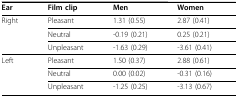
| Ear | Film clip | Men | Women |
 | --- | --- | --- | --- |
 | Right | Pleasant | 1.31 (0.55) | 2.87 (0.41) |
 |  | Neutral | -0.19 (0.21) | 0.25 (0.21) |
 |  | Unpleasant | -1.63 (0.29) | -3.61 (0.41) |
 | Left | Pleasant | 1.50 (0.37) | 2.88 (0.61) |
 |  | Neutral | 0.00 (0.02) | -0.31 (0.16) |
 |  | Unpleasant | -1.25 (0.25) | -3.13 (0.67) |